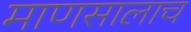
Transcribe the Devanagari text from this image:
माणसालाच